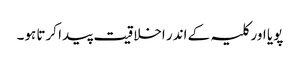
پویا اور کلیہ کے اندر اخلاقیت پیدا کرتا ہو۔